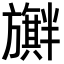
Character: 𪰃